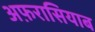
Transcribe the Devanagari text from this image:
अफ़रासियाब